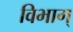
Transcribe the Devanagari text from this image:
विभाग्